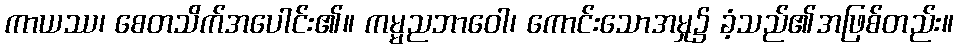
ကာယဿ၊ စေတသိက်အပေါင်း၏။ ကမ္မညဘာဝေါ၊ ကောင်းသောအမှု၌ ခံ့သည်၏အဖြစ်တည်း။